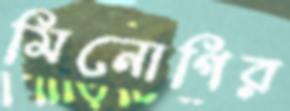
মিনোগির